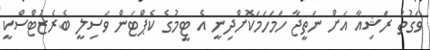
ވަގުތު ރަޝިއާ އަށް ނަތީޖާ ހަމަހަމަކޮށްދިނީ އެ ޓީމުގެ ކެޕްޓަން ވަސިލީ ބެރެޒުޓްސްކީ